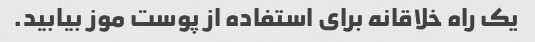
یک راه خلاقانه برای استفاده از پوست موز بیابید.